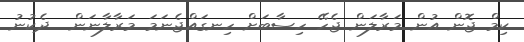
ކިމް ޖޮން އުން މަރާލަން ޖެހޭ ހިސާބަށް ހިނގައްޖެނަމަ މަރާލާނަން  ދެކުނު